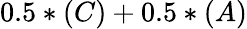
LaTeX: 0.5*(C)+0.5*(A)